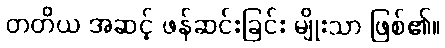
တတိယ အဆင့် ဖန်ဆင်းခြင်း မျိုးသာ ဖြစ်၏။